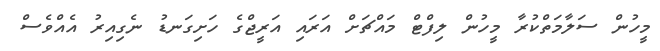
މީހުން ސަލާމަތްކުރާ މީހުން ލިފްޓް މައްޗަށް އަރައި އަރީޖްގެ ހަށިގަނޑު ނެގިއިރު އެއްވެސް